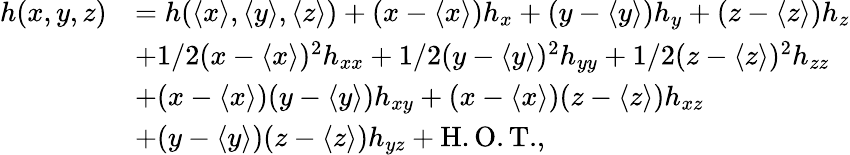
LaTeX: \begin{array}{rl}{h(x,y,z)}&{=h(\langle x\rangle,\langle y\rangle,\langle z\rangle)+(x-\langle x\rangle)h_{x}+(y-\langle y\rangle)h_{y}+(z-\langle z\rangle)h_{z}}\\ &{+1/2(x-\langle x\rangle)^{2}h_{xx}+1/2(y-\langle y\rangle)^{2}h_{yy}+1/2(z-\langle z\rangle)^{2}h_{zz}}\\ &{+(x-\langle x\rangle)(y-\langle y\rangle)h_{xy}+(x-\langle x\rangle)(z-\langle z\rangle)h_{xz}}\\ &{+(y-\langle y\rangle)(z-\langle z\rangle)h_{yz}+\mathrm{H.O.T.},}\end{array}